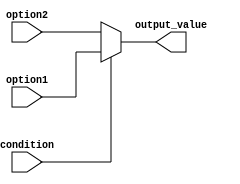
module conditional_operator (
    input wire condition,
    input wire [3:0] option1,
    input wire [3:0] option2,
    output reg [3:0] output_value
);

always @* begin
    output_value = (condition) ? option1 : option2;
end

endmodule